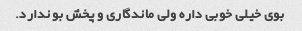
بوی خیلی خوبی داره ولی ماندگاری و پخش بو ندارد.